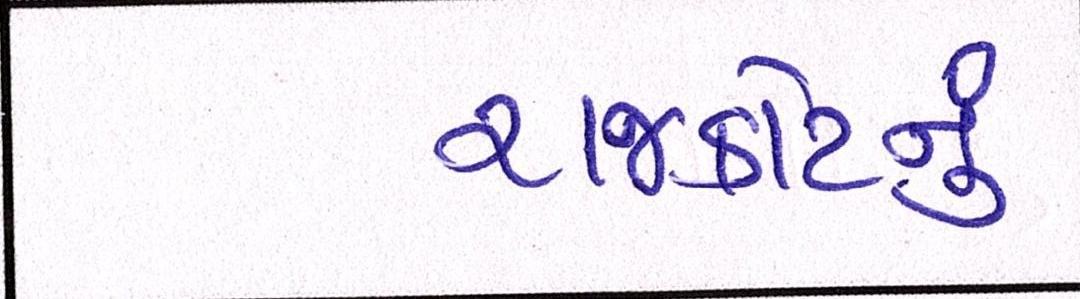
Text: રાજકોટનું